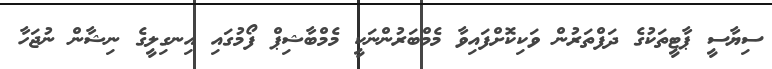
ސިޔާސީ ޕާޓީތަކުގެ ދަފްތަރުން ވަކިކޮށްފައިވާ މެމްބަރުންނަކީ މެމްބާޝިޕް ފޯމުގައި އިނގިލީގެ ނިޝާން ނުޖަހާ